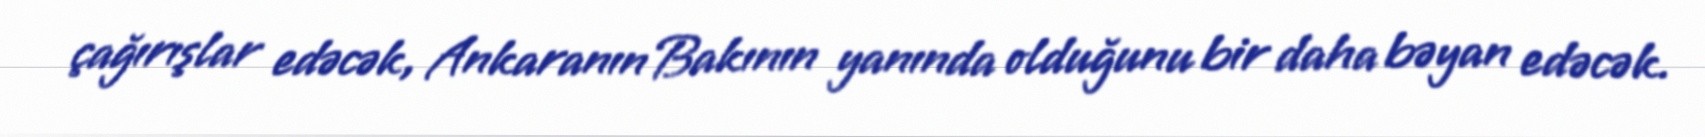
çağırışlar edəcək, Ankaranın Bakının yanında olduğunu bir daha bəyan edəcək.